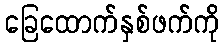
ခြေထောက်နှစ်ဖက်ကို